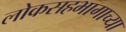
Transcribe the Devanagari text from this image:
लोकसहभागाच्या